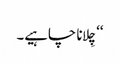
‘‘ چِلانا چاہیے۔